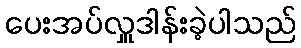
ပေးအပ်လှူဒါန်းခဲ့ပါသည်